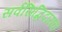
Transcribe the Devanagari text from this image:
सर्वसिद्धिदायक